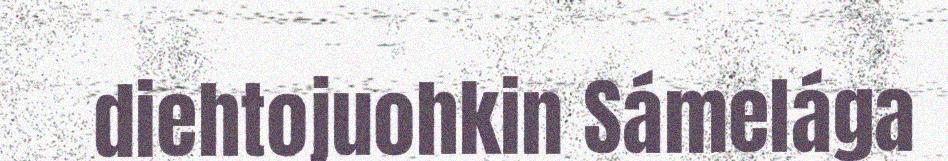
diehtojuohkin Sámelága